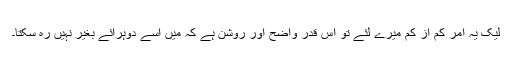
لیک یہ امر کم از کم میرے لئے تو اس قدر واضح اور روشن ہے کہ میں اسے دوہرائے بغیر نہیں رہ سکتا۔